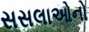
સસલાઓનો